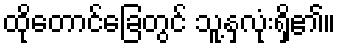
ထိုတောင်ခြေတွင် သူ့နှလုံးရှိ၏။